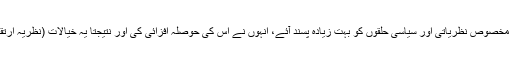
ڈاروِن کے یہ خیالات بعض مخصوص نظریاتی اور سیاسی حلقوں کو بہت زیادہ پسند آئے، انہوں نے اس کی حوصلہ افزائی کی اور نتیجتاً یہ خیالات (نظریہ ارتقاء) بہت زیادہ مقبول ہوگئے۔